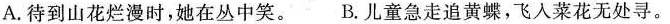
A.待到山花烂漫时，她在丛中笑。B.儿童急走追黄蝶，飞入菜花无处寻。